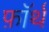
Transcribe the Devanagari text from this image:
फ़ाॅर्थ